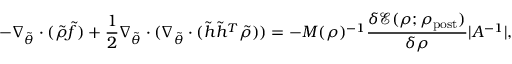
- \nabla _ { \tilde { \theta } } \cdot ( \tilde { \rho } \tilde { f } ) + \frac { 1 } { 2 } \nabla _ { \tilde { \theta } } \cdot ( \nabla _ { \tilde { \theta } } \cdot ( \tilde { h } \tilde { h } ^ { T } \tilde { \rho } ) ) = - M ( \rho ) ^ { - 1 } \frac { \delta \mathcal { E } ( \rho ; \rho _ { \mathrm { p o s t } } ) } { \delta \rho } | A ^ { - 1 } | ,